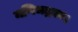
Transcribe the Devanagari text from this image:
मणिभद्रकः।